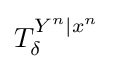
T_{\delta }^{Y^{n}|x^{n}}